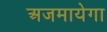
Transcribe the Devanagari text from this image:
अजमायेगा